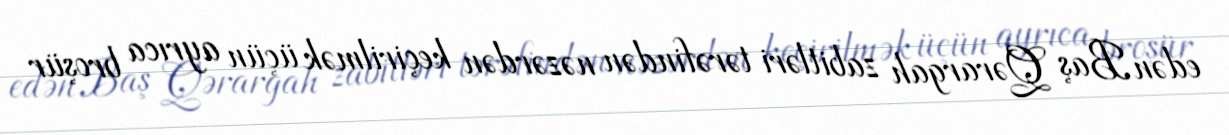
edən Baş Qərargah zabitləri tərəfindən nəzərdən keçirilmək üçün ayrıca broşür